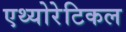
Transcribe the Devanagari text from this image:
एथ्योरेटिकल